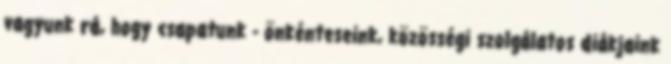
vagyunk rá, hogy csapatunk - önkénteseink, közösségi szolgálatos diákjaink